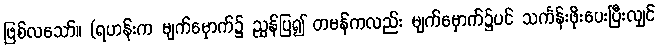
ဖြစ်လသော်။ (ရဟန်းက မျက်မှောက်၌ ညွှန်ပြ၍ တမန်ကလည်း မျက်မှောက်၌ပင် သင်္ကန်းဖိုးပေးပြီးလျှင်